Vaccination United Provinces of Agra and Oudh 1902-1913 - 1902-1913
Year: 1902
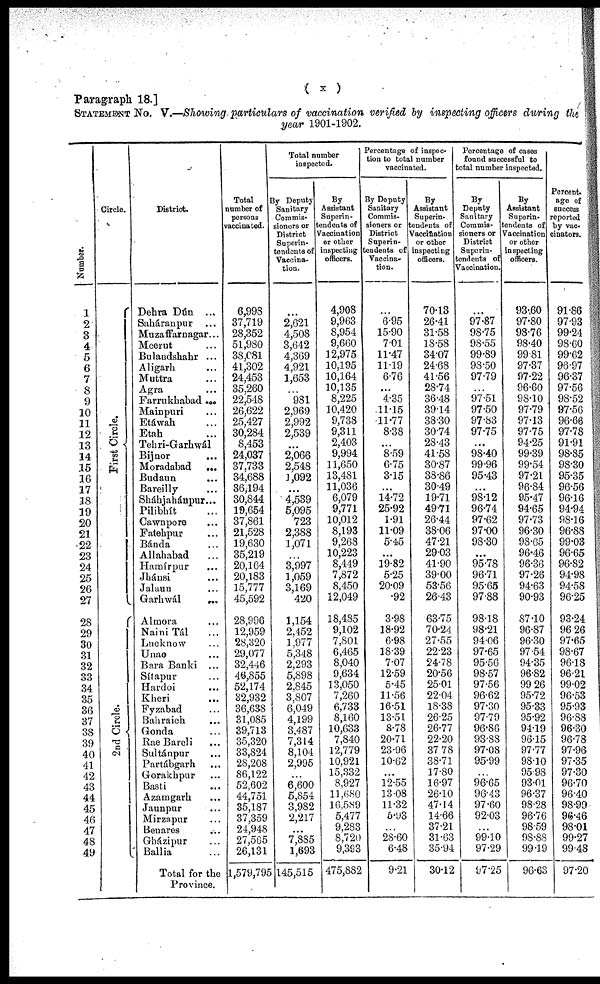
( x )
Paragraph 18.]
STATEMENT No. V.—Showing particulars of vaccination verified by inspecting officers during the
year 1901-1902.
Number.
1
2
3
4
5
6
7
8
9
10
11
12
13
14
15
16
17
18
19
20
21
22
23
24
25
26
27
28
29
30
31
32
33
34
35
36
37
38
39
40
41
42
43
44
45
46
47
48
49
Circle.
First Circle.
2nd Circle.
District.
Dehra Dún ...
Saháranpur ...
Muzaffarnagar...
Meerut ...
Bulandshahr ...
Aligarh ...
Muttra ...
Agra ...
Farrukhabad ...
Mainpuri ...
Etáwah ...
Etah ...
Tehri-Garhwál ...
Bijnor ...
Moradabad
...
Budaun ...
Bareilly ...
Sháhjahánpur...
Pilibhít ...
Cawnpore ...
Fatehpur ...
Bánda ...
Allahabad ...
Hamírpur ...
Jhánsi ...
Jalaun ...
Garhwál
...
Almora ...
Naini Tál ...
Lucknow ...
Unao ...
Bara Banki ...
Sítapur ...
Hardoi ...
Kheri
...
Fyzabad ...
Bahraich
...
Gonda ...
Rae Bareli ...
Sultánpur ...
Partábgarh ...
Gorakhpur ...
Basti ...
Azamgarh ...
Jaunpur ...
Mirzapur ...
Benares
...
Gházipur ...
Ballia ...
Total for the
Province.
Total
number of
persons
vaccinated.
6,998
37,719
28,352
51,980
38,081
41,302
24,453
35,260
22,548
26,622
25,427
30,284
8,453
24,037
37,733
34,688
36,194
30,844
19,654
37,861
21,528
19,630
35,219
20,164
20,183
15,777
45,592
28,996
12,959
28,320
29,077
32,446
46,855
52,174
32,932
36,638
31,085
39,713
35,320
33,824
28,208
86,122
52,602
44,751
35,187
37,359
24,948
27,565
26,131
1,579,795
Total number
inspected.
By Deputy
Sanitary
Commis-
sioners or
District
Superin-
tendents of
Vaccina-
tion.
...
2,621
4,508
3,642
4,369
4,921
1,653
...
981
2,969
2,992
2,539
...
2,066
2,548
1,092
...
4,539
5,095
723
2,388
1,071
...
3,997
1,059
3,169
420
1,154
2,452
1,977
5,348
2,293
5,898
2,845
3,807
6,049
4,199
3,487
7,314
8,104
2,995
...
6,600
5,854
3,982
2,217
...
7,885
1,693
145,515
By
Assistant
Superin¬
endents of
Vaccination
or other
inspecting
officers.
4,908
9,963
8,954
9,660
12,975
10,195
10,164
10,135
8,225
10,420
9,738
9,311
2,403
9,994
11,650
13,481
11,036
6,079
9,771
10,012
8,193
9,268
10,223
8,449
7,872
8,450
12,049
18,485
9,102
7,801
6,465
8,040
9,634
13,050
7,260
6,733
8,160
10,633
7,840
12,779
10,921
15,332
8,927
11,680
16,589
5,477
9,283
8,720
9,393
475,882
Percentage of inspec-
tion to total number
vaccinated.
By Deputy
Sanitary
Commis-
sioners or
District
Superin-
tendents of
Vaccina-
tion.
...
6.95
15.90
7.01
11.47
11.19
6.76
...
4.35
11.15
11.77
8.38
...
8.59
6.75
3.15
...
14.72
25.92
1.91
11.09
5.45
...
19.82
5.25
20.09
.92
3.98
18.92
6.98
18.39
7.07
12.59
5.45
11.56
16.51
13.51
8.78
20.71
23.96
10.62
...
12.55
13.08
11.32
5.93
...
28.60
6.48
9.21
By
Assistant
Superin¬
tendents of
Vaccination
or other
inspecting
officers.
70.13
26.41
31.58
18.58
34.07
24.68
41.56
28.74
36.48
39.14
38.30
30.74
28.43
41.58
30.87
38.86
30.49
19.71
49.71
26.44
38.06
47.21
29.03
41.90
39.00
53.56
26.43
63.75
70.24
27.55
22.23
24.78
20.56
25.01
22.04
18.38
26.25
26.77
22.20
37.78
38.71
17.80
16.97
26.10
47.14
14.66
37.21
31.63
35.94
30.12
Percentage of cases
found successful to
total number inspected.
By
Deputy
Sanitary
Commis¬
sioners or
District
Superin¬
tendents of
Vaccination.
...
97.87
98.75
98.55
99.89
98.50
97.79
...
97.51
97.50
97.83
97.75
...
98.40
99.96
95.43
...
98.12
96.74
97.62
97.00
98.30
...
95.78
96.71
95.65
97.88
98.18
98.21
94.06
97.65
95.56
98.57
97.56
96.62
97.30
97.79
96.86
93.88
97.08
95.99
...
96.65
96.43
97.60
92.03
...
99.10
97.29
97.25
By
Assistant
Superin¬
tendents of
Vaccination
or other
inspecting
officers.
93.60
97.80
98.76
98.40
99.81
97.37
97.22
96.60
98.10
97.79
97.13
97.75
94.25
99.39
99.54
97.21
96.84
95.47
94.65
97.73
96.30
98.65
96.46
96.36
97.26
94.63
90.93
87.10
96.87
96.30
97.54
94.35
96.82
99.26
95.72
95.33
95.92
94.19
96.15
97.77
98.10
95.98
93.01
96.37
98.28
96.76
98.59
98.88
99.19
96.63
Percent¬
age of
success
reported
by vac¬
cinators.
91.86
97.93
99.24
98.60
99.62
96.97
96.37
97.56
98.52
97.56
96.66
97.78
91.91
98.85
98.30
95.35
96.56
96.16
94.94
98.16
96.88
99.03
96.65
96.82
94.98
94.58
96.25
93.24
96.26
97.65
98.67
96.18
96.21
99.02
96.53
95.93
96.88
96.30
96.78
97.96
97.35
97.30
96.70
96.40
98.99
96.46
98.01
99.27
99.48
97.20